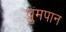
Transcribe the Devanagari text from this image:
ध्रुमपान